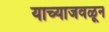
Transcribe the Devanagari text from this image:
याच्याजवळून